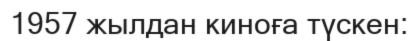
1957 жылдан киноға түскен: